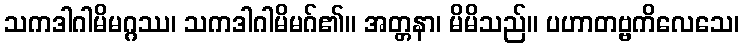
သကဒါဂါမိမဂ္ဂဿ၊ သကဒါဂါမိမဂ်၏။ အတ္တနာ၊ မိမိသည်။ ပဟာတဗ္ဗကိလေသေ၊